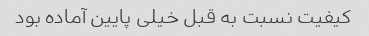
کیفیت نسبت به قبل خیلی پایین آماده بود